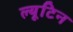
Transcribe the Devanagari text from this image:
ल्यूटिन